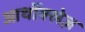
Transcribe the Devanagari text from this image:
आर्थोक्लेज़